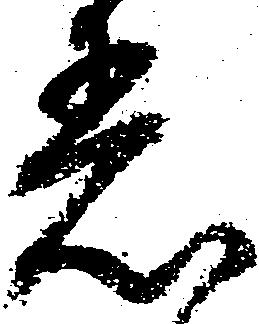
着